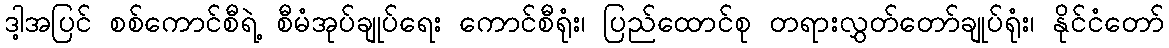
ဒါ့အပြင် စစ်ကောင်စီရဲ့ စီမံအုပ်ချုပ်ရေး ကောင်စီရုံး၊ ပြည်ထောင်စု တရားလွှတ်တော်ချုပ်ရုံး၊ နိုင်ငံတော်